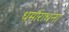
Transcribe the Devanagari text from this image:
धर्माराधना